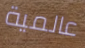
عالمية